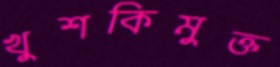
খুশকিমুক্ত